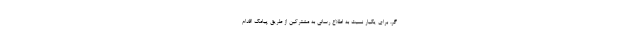
گر، برای یکبار نسبت به اطلاع رسانی به مشترکین از طریق پیامک اقدام